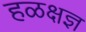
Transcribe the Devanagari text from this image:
हळक्षज्ञ